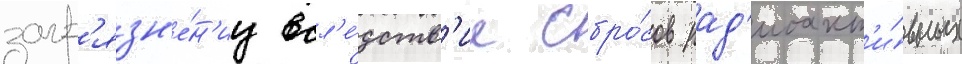
загр'язн'е́н'иу всл'е́дств'ие сбро́сов рад'иоакт'и́вных